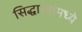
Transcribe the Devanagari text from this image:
सिद्धान्तांमध्ये